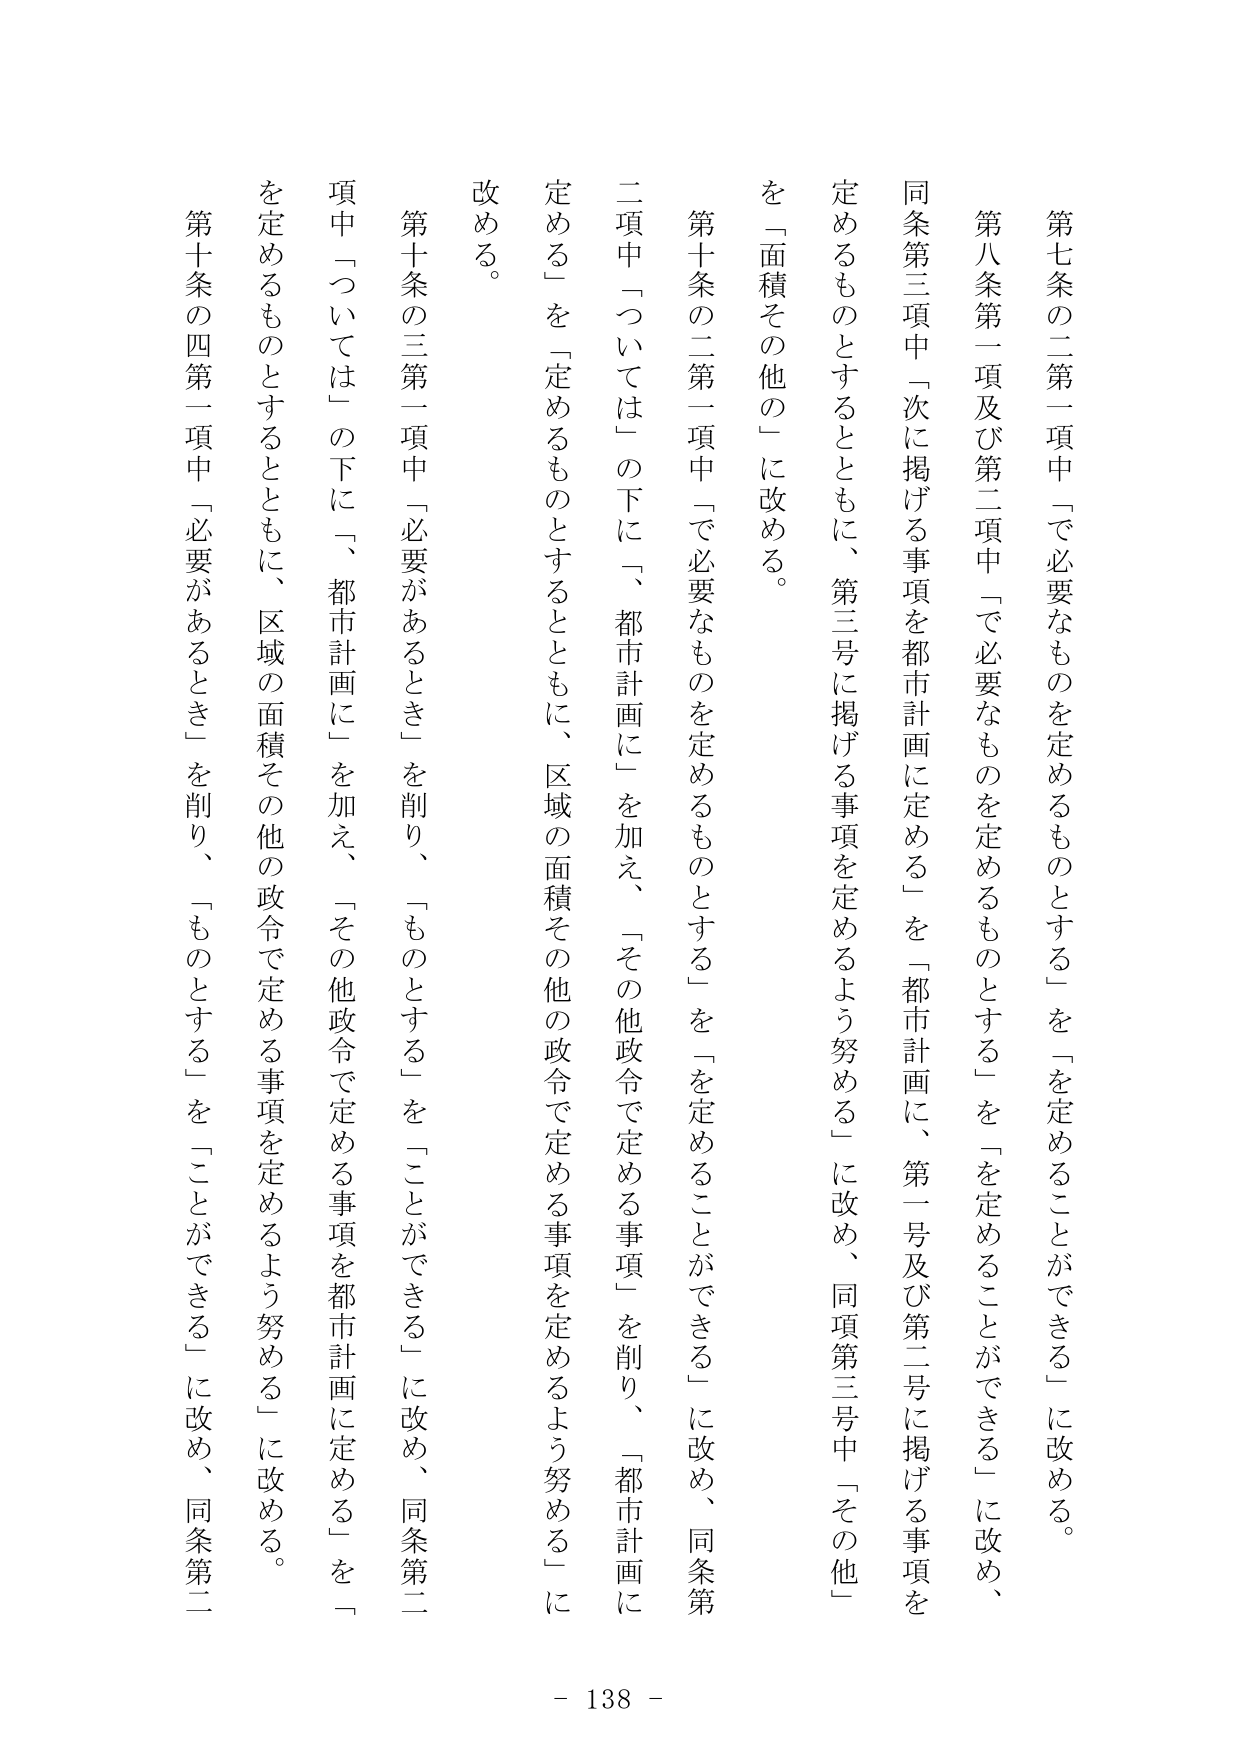
第七条の二第一項中「で必要なものを定めるものとする」を「を定めることができる」に改める。

第八条第一項及び第二項中「で必要なものを定めるものとする」を「を定めることができる」に改め、同条第三項中「次に掲げる事項を都市計画に定める」を「都市計画に、第一号及び第二号に掲げる事項を定めるものとするとともに、第三号に掲げる事項を定めるよう努める」に改め、同項第三号中「その他」を「面積その他」に改める。

第十条の二第一項中「で必要なものを定めるものとする」を「を定めることができる」に改め、同条第二項中「ついては」の下に「、都市計画に」を加え、「その他政令で定める事項」を削り、「都市計画に定める」を「定めるものとするとともに、区域の面積その他の政令で定める事項を定めるよう努める」に改める。

第十条の三第一項中「必要があるとき」を削り、「ものとする」を「ことができる」に改め、同条第二項中「ついては」の下に「、都市計画に」を加え、「その他政令で定める事項を都市計画に定める」を「を定めるものとするとともに、区域の面積その他の政令で定める事項を定めるよう努める」に改める。

第十条の四第一項中「必要があるとき」を削り、「ものとする」を「ことができる」に改め、同条第二

- 138 -